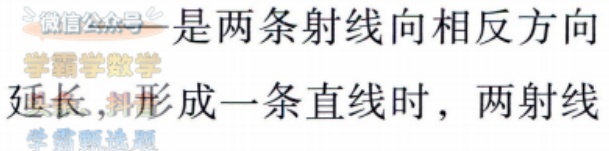
是两条射线向相反方向
延长， 形成一条直线时，两射线